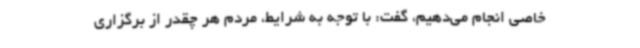
خاصی انجام می‌دهیم، گفت: با توجه به شرایط، مردم هر چقدر از برگزاری